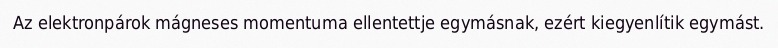
Az elektronpárok mágneses momentuma ellentettje egymásnak, ezért kiegyenlítik egymást.